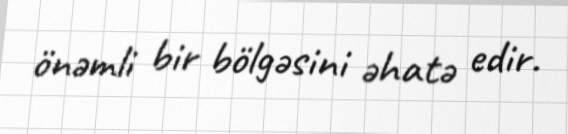
önəmli bir bölgəsini əhatə edir.